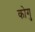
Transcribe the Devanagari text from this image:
कोगु